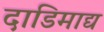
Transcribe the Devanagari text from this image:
दाडिमाद्य